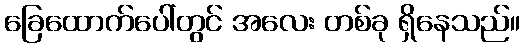
ခြေထောက်ပေါ်တွင် အလေး တစ်ခု ရှိနေသည်။